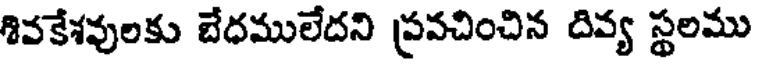
శివకేశవులకు బేధములేదని ప్రవచించిన దివ్య స్థలము